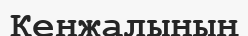
Кенжалының